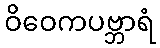
ဝိဝေကပဗ္ဘာရံ